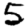
Digit: 5